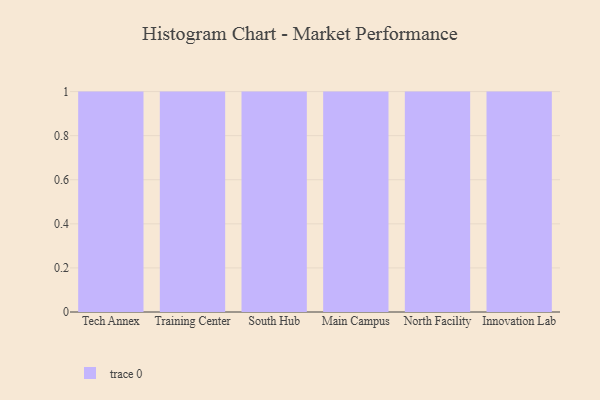
{"axis": {"x": "Campus", "y": "LTV (USD)"}, "legend": [""], "data": [{"x": "Tech Annex", "y": 9, "type": ""}, {"x": "Training Center", "y": 79, "type": ""}, {"x": "South Hub", "y": 43, "type": ""}, {"x": "Main Campus", "y": 61, "type": ""}, {"x": "North Facility", "y": 86, "type": ""}, {"x": "Innovation Lab", "y": 5, "type": ""}]}